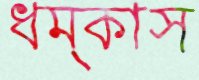
ধম্‌কাস